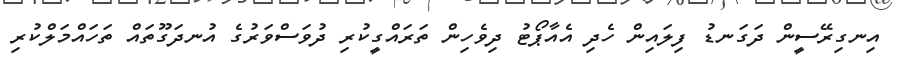
އިނގިރޭސީން ދަގަނޑު ފިލައިން ހެދި އެއާޕޯޓު ދިވެހިން ތަރައްގީކުރި ދުވަސްވަރުގެ އުނދަގޫތައް ތަހައްމަލްކުރި